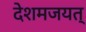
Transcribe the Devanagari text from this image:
देशमजयत्